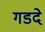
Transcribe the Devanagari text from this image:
गडदे